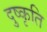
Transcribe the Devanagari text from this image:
दुष्कृति